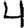
Digit: 4